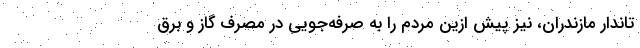
تاندار مازندران، نیز پیش ازین مردم را به صرفه‌جویی در مصرف گاز و برق